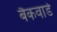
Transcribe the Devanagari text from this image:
बैकवार्ड